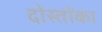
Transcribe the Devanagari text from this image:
दोस्तोंका